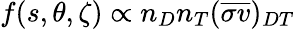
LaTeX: f(s,\theta,\zeta)\propto n_{D}n_{T}(\overline{{\sigma v}})_{DT}